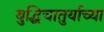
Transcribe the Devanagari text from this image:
बुद्धिचातुर्याच्या